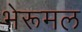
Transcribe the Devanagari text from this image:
भेरूमल